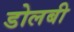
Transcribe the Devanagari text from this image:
डोलबी